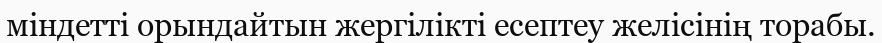
міндетті орындайтын жергілікті есептеу желісінің торабы.